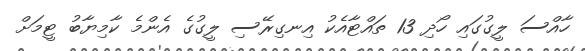
ހާއްސަ ލީގުގައި ހޯދި 13 ތައްޓާއެކު އިނގިރޭސި ލީގުގެ އެންމެ ކާމިޔާބު ޓީމަށް